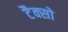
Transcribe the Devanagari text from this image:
टैक्सो